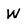
Character: W